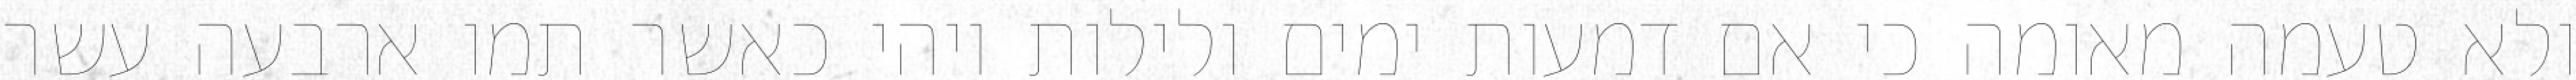
ולא טעמה מאומה כי אם דמעות ימים ולילות ויהי כאשר תמו ארבעה עשר